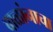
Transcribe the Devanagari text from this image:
बाळांनाचा